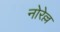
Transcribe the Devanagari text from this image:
नोरेल्ल